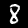
Label: 8